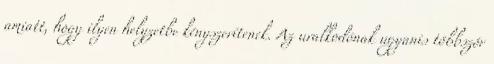
amiatt, hogy ilyen helyzetbe kényszerítenek. Az uralkodónak ugyanis többször